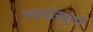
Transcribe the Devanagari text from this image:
खर्याखुर्या